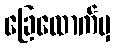
ခြေထောက်မှ